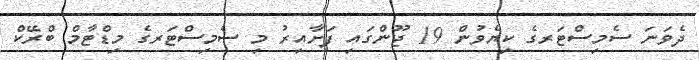
ދެވަނަ ސެމިސްޓަރގެ ކިޔެވުން 19 ޖޫންގައި ފަށާއިރު މި ސެމިސްޓަރގެ މިޑްޓާމް ބްރޭކް